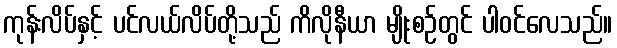
ကုန်းလိပ်နှင့် ပင်လယ်လိပ်တို့သည် ကိလိုနီယာ မျိုးစဉ်တွင် ပါဝင်လေသည်။